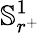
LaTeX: \mathbb{S}_{r^{+}}^{1}